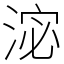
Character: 淧